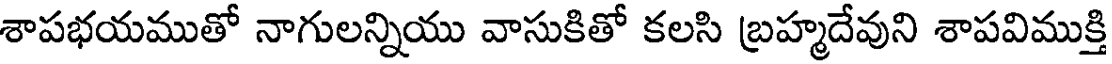
శాపభయముతో నాగులన్నియు వాసుకితో కలసి బ్రహ్మదేవుని శాపవిముక్తి